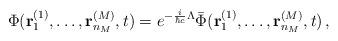
LaTeX: \begin{align*}\Phi({\bf r}_1^{(1)},\ldots,{\bf r}_{n_M}^{(M)},t) =e^{-\frac{i}{\hbar c}\Lambda}\bar\Phi({\bf r}_1^{(1)},\ldots, {\bf r}_{n_M}^{(M)},t)\,,\end{align*}